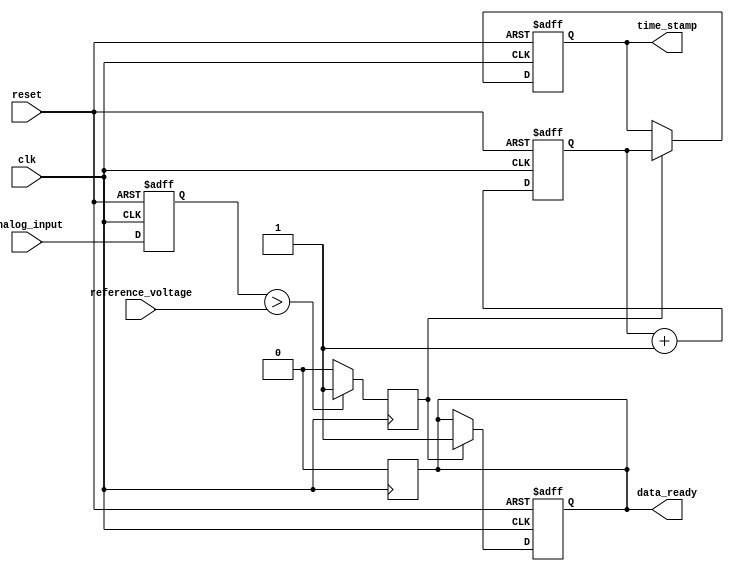
module TDC (
    input wire clk,                  // Clock input
    input wire reset,                // Reset signal
    input wire analog_input,         // Analog input signal (digital representation)
    input wire reference_voltage,     // Reference voltage for comparison
    output reg [15:0] time_stamp,    // Time stamp output
    output reg data_ready             // Data ready signal
);

    // Internal signals
    reg [15:0] counter;               // Digital counter for timing measurement
    reg sample_hold;                  // Sample and hold signal
    reg comparator_output;            // Output of the analog comparator
    reg [15:0] memory [0:255];        // Memory block to store time intervals
    reg [7:0] write_pointer;          // Pointer for writing to memory
    reg [7:0] read_pointer;           // Pointer for reading from memory

    // Sample and hold logic
    always @(posedge clk or posedge reset) begin
        if (reset) begin
            sample_hold <= 0;
        end else begin
            sample_hold <= analog_input; // Capture the analog input
        end
    end

    // Analog comparator logic
    always @(posedge clk) begin
        if (sample_hold > reference_voltage) begin
            comparator_output <= 1; // Signal indicates crossing reference voltage
        end else begin
            comparator_output <= 0;
        end
    end

    // Timing measurement logic
    always @(posedge clk or posedge reset) begin
        if (reset) begin
            counter <= 0;
            time_stamp <= 0;
            write_pointer <= 0;
            data_ready <= 0;
        end else begin
            if (comparator_output) begin
                time_stamp <= counter; // Capture the current counter value
                memory[write_pointer] <= time_stamp; // Store in memory
                write_pointer <= write_pointer + 1; // Increment write pointer
                data_ready <= 1; // Set data ready signal
            end
            counter <= counter + 1; // Increment counter on clock
        end
    end

    // Data output interface (example)
    always @(posedge clk) begin
        if (data_ready) begin
            // Logic to handle output data (e.g., SPI, I2C) would go here
            // For simplicity, we just clear the data_ready flag
            data_ready <= 0;
        end
    end

endmodule